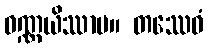
ဝဏ္ဏယိဿာမ။ တဿေဝံ